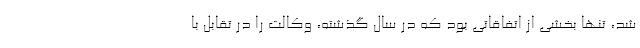
شد، تنها بخشی از اتفاقاتی بود که در سال گذشته، وکالت را در تقابل با